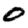
Digit: 0